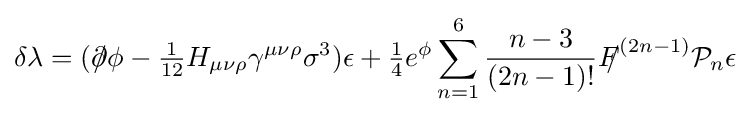
\delta \lambda =({\partial \!\!\!/}\phi -{\tfrac {1}{12}}H_{\mu \nu \rho }\gamma ^{\mu \nu \rho }\sigma ^{3})\epsilon +{\tfrac {1}{4}}e^{\phi }\sum _{n=1}^{6}{\frac {n-3}{(2n-1)!}}{F\!\!\!/}^{(2n-1)}{\mathcal {P}}_{n}\epsilon